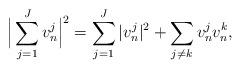
LaTeX: \begin{align*}\Big|\sum_{j=1}^Jv_n^j\Big|^2=\sum_{j=1}^J|v_n^j|^2+\sum_{j\neq k}v_n^jv_n^k,\end{align*}